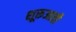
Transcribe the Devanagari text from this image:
शूरूआती